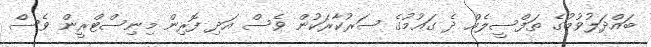
ބައްދަލުވުމުގެ ތަފްސީލެއް ދެ ގައުމުގެ ސަރުކާރަކުން ވެސް އަދި ފޮރިން މިނިސްޓްރީން ވެސް